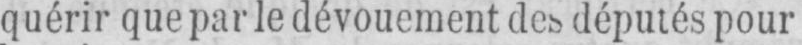
quérir que par le dévouement des députés pour